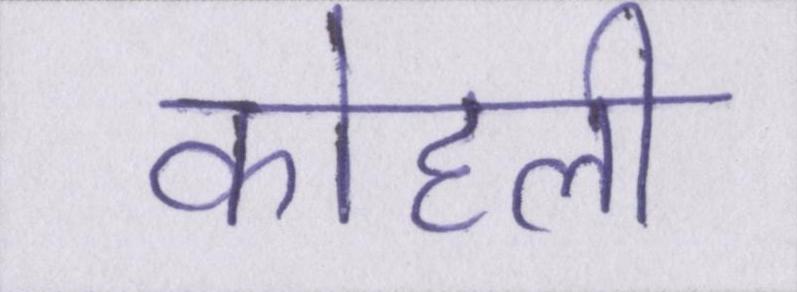
कोहली